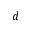
d